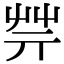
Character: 𦬟